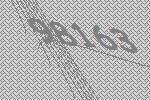
98163